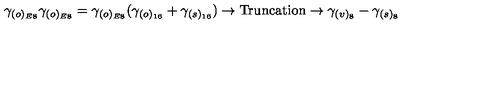
\gamma _ { ( o ) _ { E 8 } } \gamma _ { ( o ) _ { E 8 } } = \gamma _ { ( o ) _ { E 8 } } ( \gamma _ { ( o ) _ { 1 6 } } + \gamma _ { ( s ) _ { 1 6 } } ) \rightarrow \mathrm { T r u n c a t i o n } \rightarrow \gamma _ { ( v ) _ { 8 } } - \gamma _ { ( s ) _ { 8 } } \,